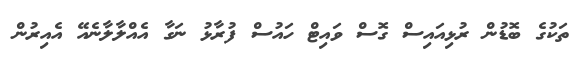
ތަކުގެ ބޮޑުން ރުޅިއައިސް ގޮސް ވައިޓް ހައުސް ފުރާޅު ނަގާ އެއްލާލާނެއޭ އެއިރުން